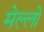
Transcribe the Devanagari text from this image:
मेल्लो